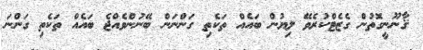
ޤާނޫނީގޮތުން ގެޒެޓްކުރެވޭ ލިޔުން ބައެއް ތަކެތި ގަންނަން ބޭނުންވެއްޖެ ބައެއް ތަކެތި ގަންނަ